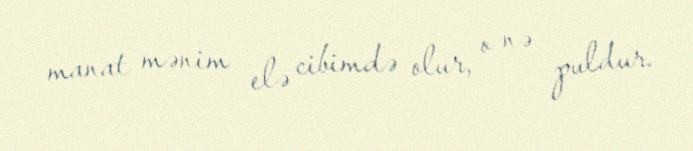
manat mənim elə cibimdə olur, o nə puldur.